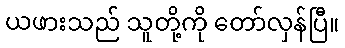
ယဖားသည် သူတို့ကို တော်လှန်ပြီ။